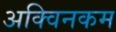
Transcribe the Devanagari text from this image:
अक्विनकम